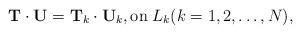
LaTeX: \begin{align*}\mathbf T \cdot \mathbf U = \mathbf T_k \cdot \mathbf U_k, \mbox{on}\; L_k (k=1,2,\ldots,N),\end{align*}